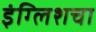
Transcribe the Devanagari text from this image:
इंग्लिशचा